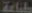
طباعة